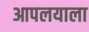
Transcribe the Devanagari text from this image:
आपलयाला